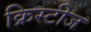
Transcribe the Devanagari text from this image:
क्रिस्टीज